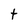
Character: t